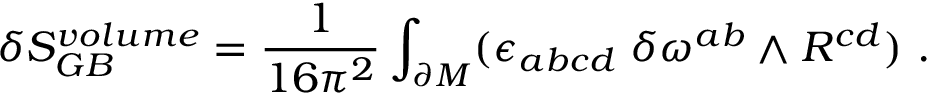
\delta S _ { G B } ^ { v o l u m e } = { \frac { 1 } { 1 6 \pi ^ { 2 } } } \int _ { \partial M } ( \epsilon _ { a b c d } \; \delta \omega ^ { a b } \wedge R ^ { c d } ) \ .